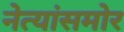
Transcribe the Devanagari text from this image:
नेत्यांसमोर